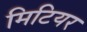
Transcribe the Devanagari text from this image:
मिटियर